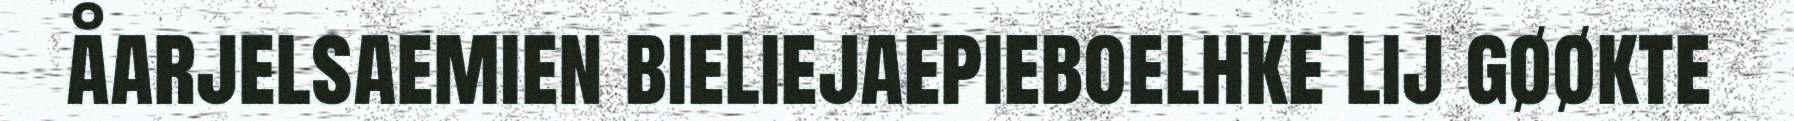
åarjelsaemien bieliejaepieboelhke lij gøøkte